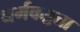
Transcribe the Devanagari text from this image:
धर्मकट्टता